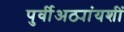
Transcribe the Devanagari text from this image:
पुर्वीअठ्यांयशीं